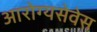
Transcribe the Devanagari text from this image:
आरोग्यसेवेस